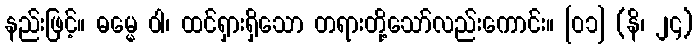
နည်းဖြင့်။ ဓမ္မေ ဝါ၊ ထင်ရှားရှိသော တရားတို့သော်လည်းကောင်း။ [၀၁] (နိ၊ ၂၄)